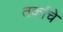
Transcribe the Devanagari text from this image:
तर्काचे